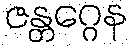
ဇန္တဂ္ဂေန